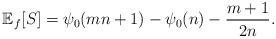
LaTeX: \begin{align*}\mathbb{E}_{f}\!\left[S\right]=\psi_{0}(mn+1)-\psi_{0}(n)-\frac{m+1}{2n}.\end{align*}